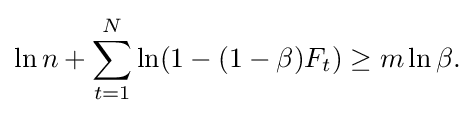
{\begin{aligned}\ln n+\sum _{t=1}^{N}\ln(1-(1-\beta )F_{t})\geq m\ln \beta .\end{aligned}}